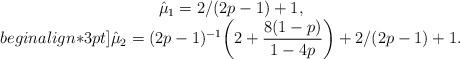
LaTeX: \begin{align*}\begin{array}{c}\hat\mu_1 = 2/(2p-1) + 1 ,\\begin{align*}3pt]\hat\mu_2 = (2p-1)^{-1} \biggl( 2 + \dfrac{8(1-p)}{1-4p} \biggr) + 2/(2p-1) + 1.\end{array} \end{align*}